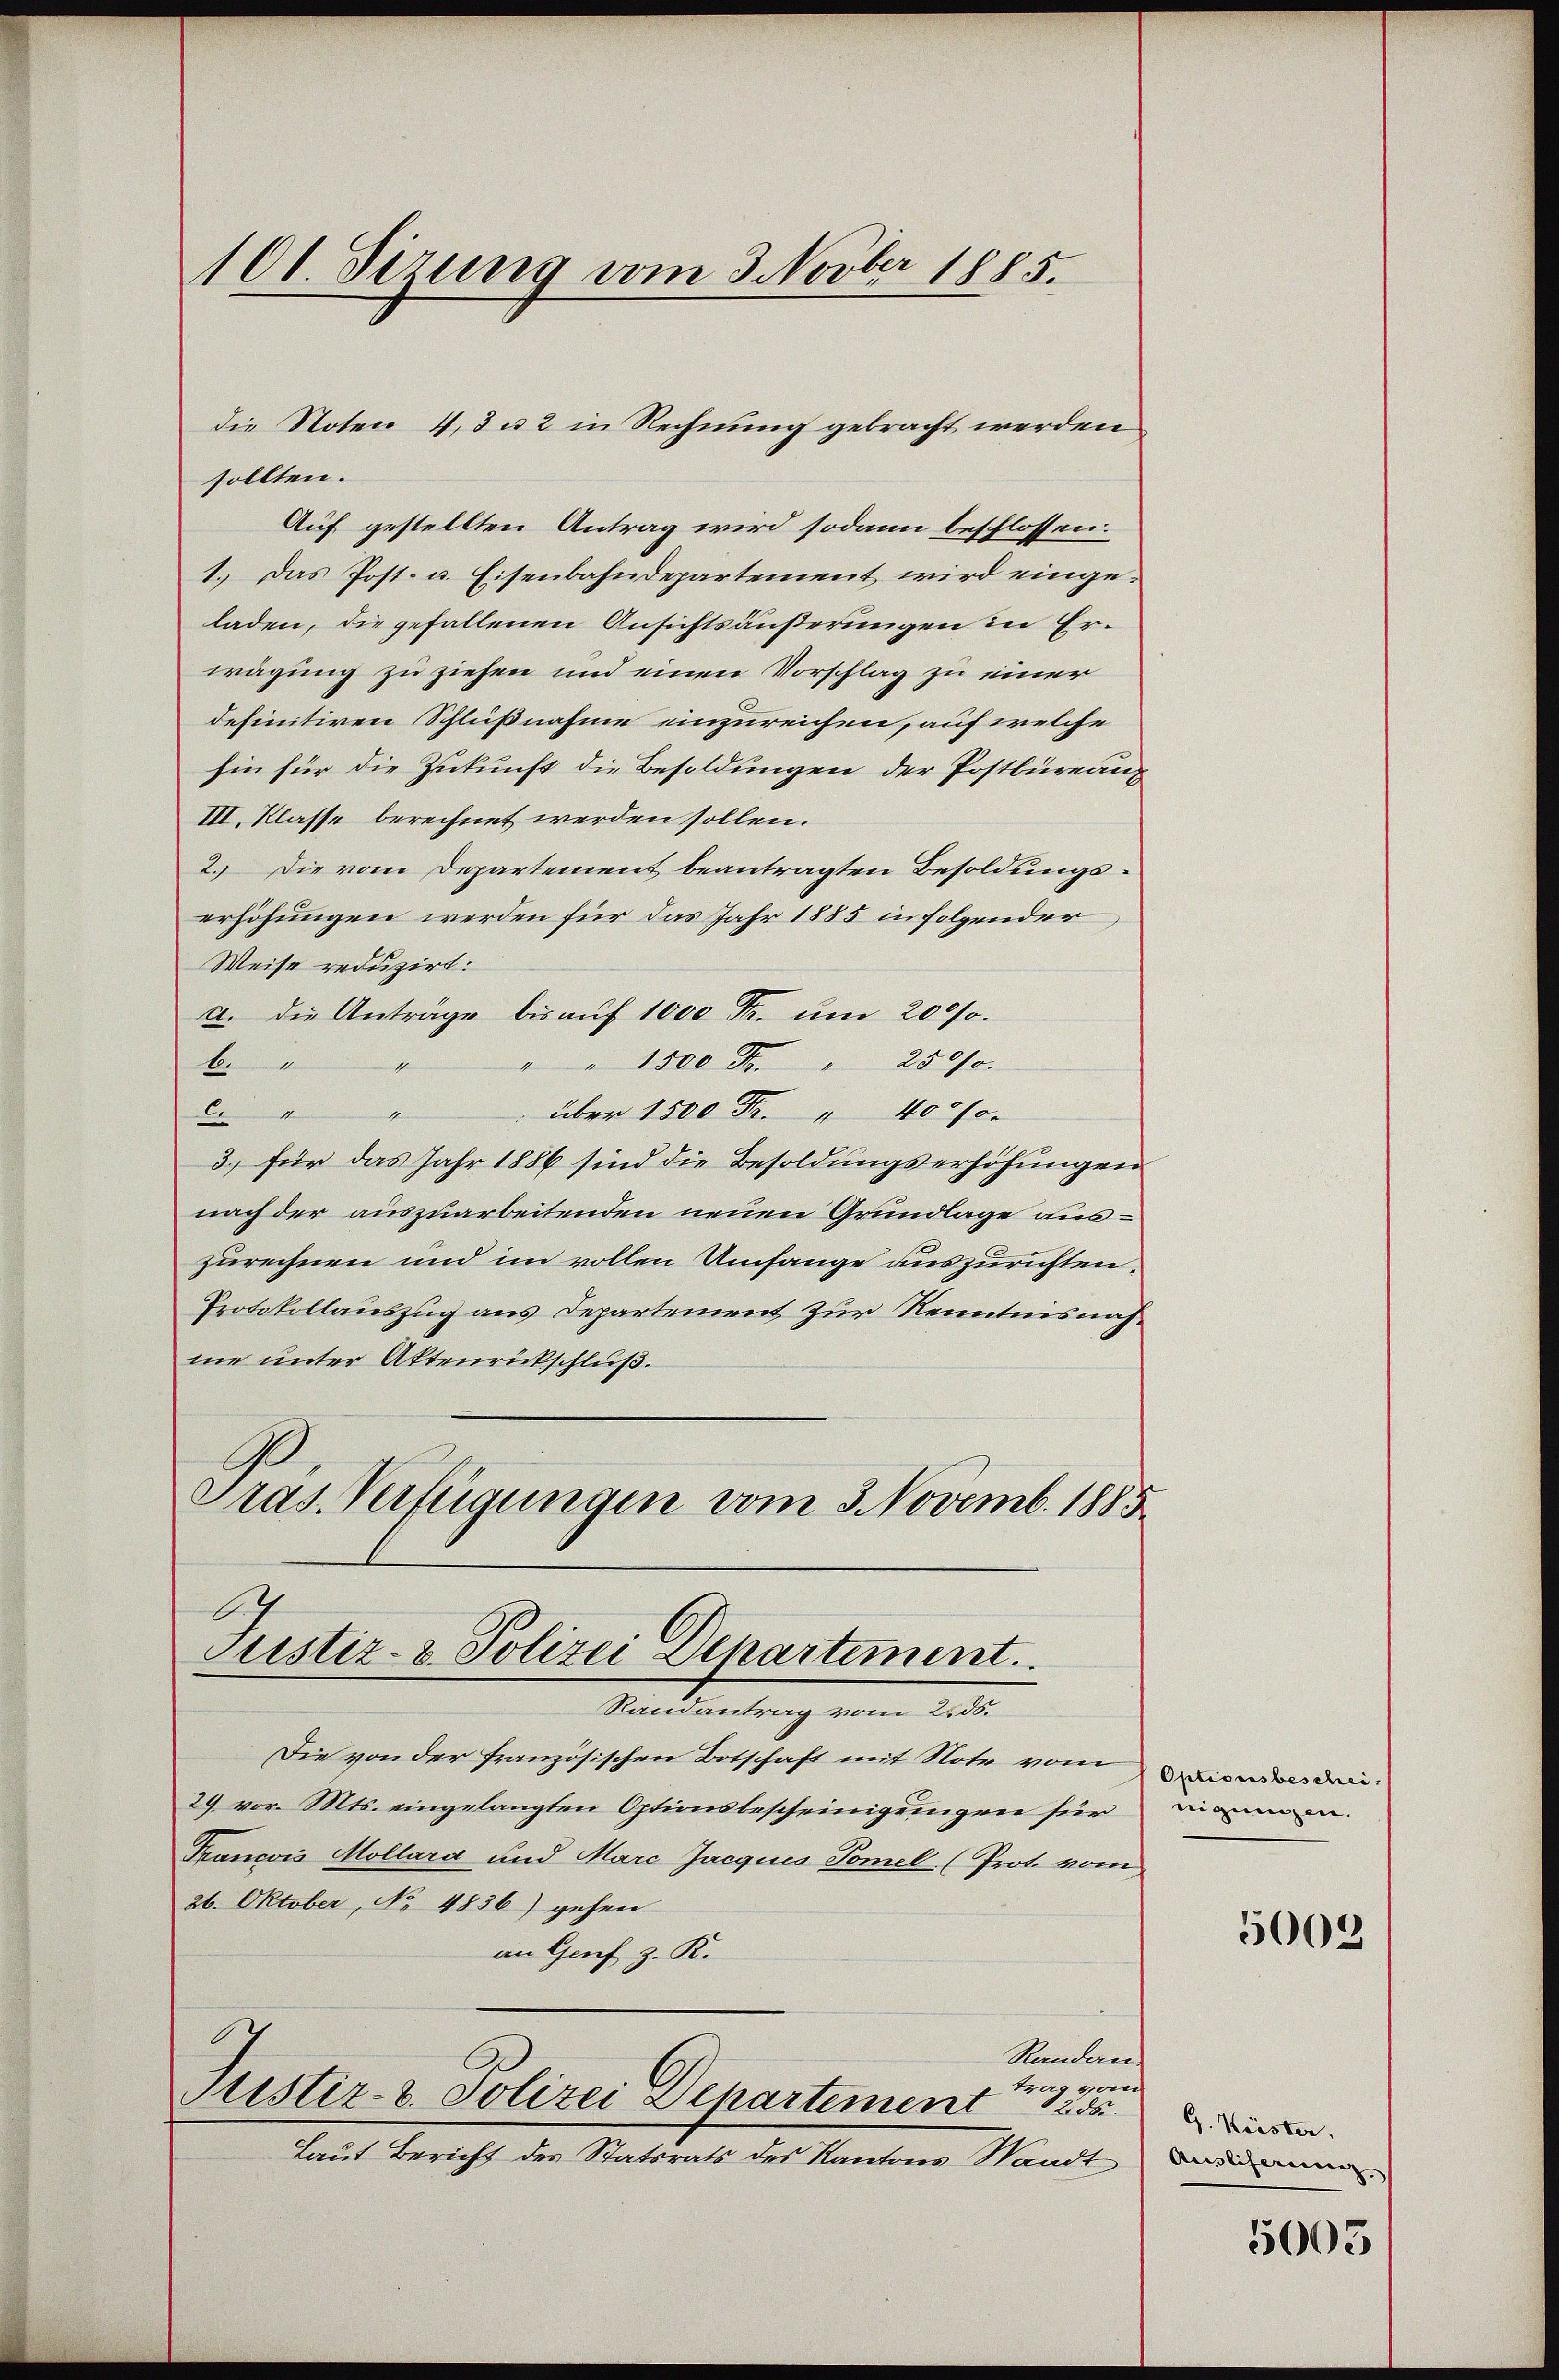
101. Derung vom 3. Novber 1885.

sollten.
Auf gestellten Antrag wird sodann beschlossen.
1. Das Post- u. Eisenbahndepartement wird eingeladen, die gefallenen Ansichtsäußerungen in Erwägung zu ziehen und einen Vorschlag zu einer
definitiven Schlußnahme einzureichen, auf welche
hin für die Zukunft die Besoldungen der Postbüreaux
III. Klasse berechnet werden sollen.
2. Die vom Departement beantragten Besoldungserhöhungen werden für das Jahr 1885 in folgender
Weise reduzirt:
a. die Anträge bis auf 1000 Fr. um 2000.
" " 1500 Fr. " 250fr.
6.
über 1500 Fr. 4000.
Co
3.) für das Jahr 1886 sind die Besoldungserhöhungen
nach der auszuarbeitenden neuen Grundlage auszurechnen und im vollen Umfange auszurichten.
Protokollauszug aus Departement zur Kenntnisnahme unter Aktenrückschluß.
Pras. Verfügungen vom 3. Novemb. 1885

die Noten 4, 3 u. 2 in Rechnung gebracht werden

Justiz- & Polizei Denartement
Randantrag vom 2555.

Die von der französischen Botschaft mit Note vom Beiwerden
29 vor. Mts. eingelangten Optionsbescheinigungen für
Francois Mollard und Marc Jacques Tomel. (Prot. vom
26. Oktober, No 4836) gehen
an Genf z. R.
Randen.
trag vom
Sistiz- & Polizei Departement
82. 55
Laut Bericht des Statsrats des Kantons Waadt

nigungen.

5002

G. Köster.
Ausliserung

5003